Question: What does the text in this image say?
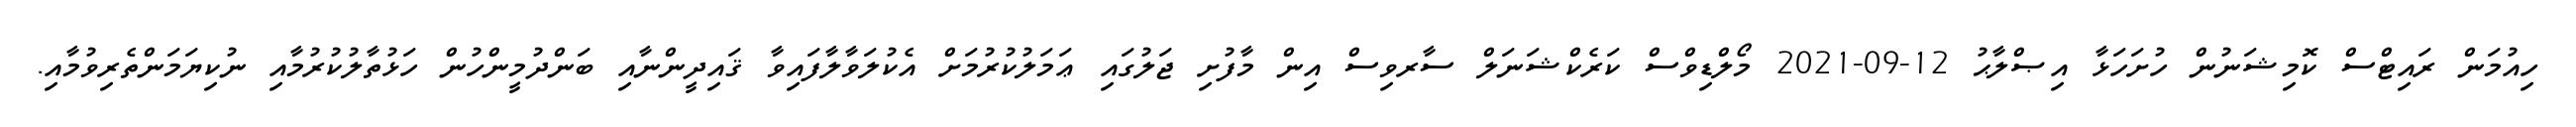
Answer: ހިއުމަން ރައިޓްސް ކޮމިޝަނުން ހުށަހަޅާ އިޞްލާޙު 12-09-2021 މޯލްޑިވްސް ކަރެކްޝަނަލް ސާރވިސް އިން މާފުށި ޖަލުގައި ޢަމަލުކުރުމަށް އެކުލަވާލާފައިވާ ޤައިދީންނާއި ބަންދުމީންހުން ހަޅުތާލުކުރުމާއި ނުކިޔަމަންތެރިވުމާއި.